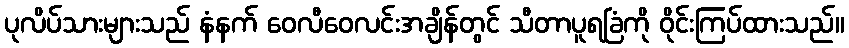
ပုလိပ်သားများသည် နံနက် ဝေလီဝေလင်းအချိန်တွင် သီတာပူရခြံကို ဝိုင်းကြပ်ထားသည်။